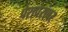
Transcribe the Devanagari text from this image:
पेरापेरांवर